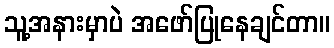
သူ့အနားမှာပဲ အဖော်ပြုနေချင်တာ။